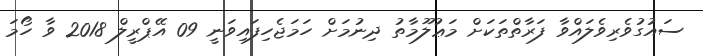
ސައުގުވެރިވެލައްވާ ފަރާތްތަކަށް މަޢުލޫމާތު ދިނުމަށް ހަމަޖެހިފައިވަނީ 09 އޭޕްރީލް 2018 ވާ ހޯމަ